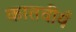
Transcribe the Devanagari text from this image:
कातवीर्य